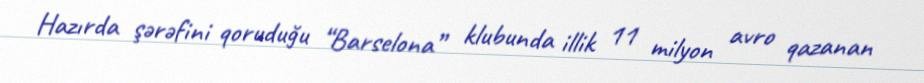
Hazırda şərəfini qoruduğu “Barselona” klubunda illik 11 milyon avro qazanan